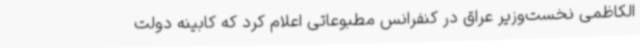
الکاظمی نخست‌وزیر عراق در کنفرانس مطبوعاتی اعلام کرد که کابینه دولت